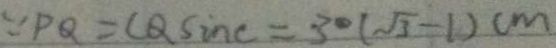
\because P Q = C Q \sin c = 3 0 ( \sqrt { 3 } - 1 ) c m